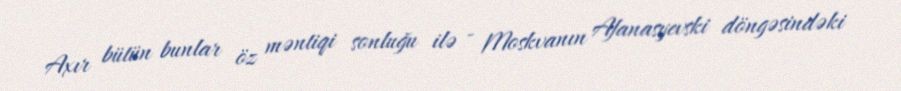
Axır bütün bunlar öz məntiqi sonluğu ilə - Moskvanın Afanasyevski döngəsindəki